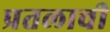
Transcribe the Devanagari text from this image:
प्रतलाची